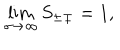
\lim _ { \sigma \rightarrow \infty } S _ { \pm \mp } = 1 ,